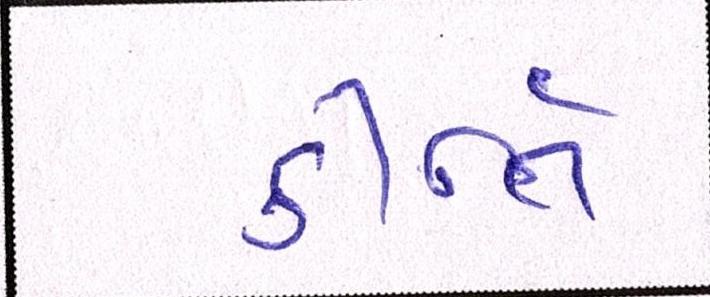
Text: કીર્તિ